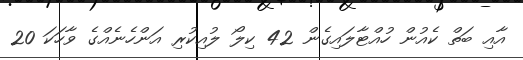
އާއި ބަތް ކެއުން ހުއްޓާލައިގެން 42 ކިލޯ ލުއިކުރި އަންހެނެއްގެ ވާހަކަ 20